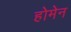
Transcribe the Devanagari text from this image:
होमेन